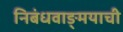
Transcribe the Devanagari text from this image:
निबंधवाङ्‌मयाची